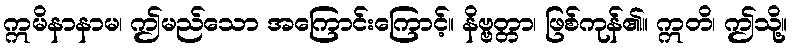
ဣမိနာနာမ၊ ဤမည်သော အကြောင်းကြောင့်။ နိဗ္ဗတ္တာ၊ ဖြစ်ကုန်၏။ ဣတိ၊ ဤသို့။